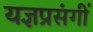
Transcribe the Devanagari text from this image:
यज्ञप्रसंगीं